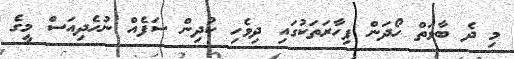
މި ދެ ބާވަތް ހޯދަން ފިހާރަތަކުގައި ދިވެހި ކުދިން ސަފެއް ނުހެދިއަސް މީގެ